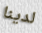
لدينا